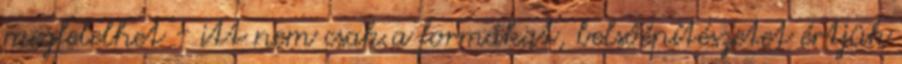
megfelelhet - itt nem csak a formákat, belsőépítészetet értjük